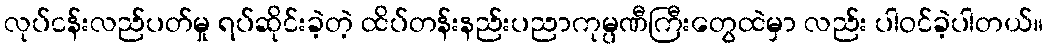
လုပ်ငန်းလည်ပတ်မှု ရပ်ဆိုင်းခဲ့တဲ့ ထိပ်တန်းနည်းပညာကုမ္ပဏီကြီးတွေထဲမှာ လည်း ပါဝင်ခဲ့ပါတယ်။